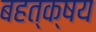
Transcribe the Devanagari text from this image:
बहत्क्षय